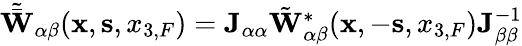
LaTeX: \begin{array}{r}{\tilde{\bar{{\mathbf W}}}_{\alpha\beta}({{\mathbf x}},{{\mathbf s}},{x_{3,F}})={\mathbf J}_{\alpha\alpha}{\tilde{\mathbf W}}_{\alpha\beta}^{*}({{\mathbf x}},-{{\mathbf s}},{x_{3,F}}){\mathbf J}_{\beta\beta}^{-1}}\end{array}